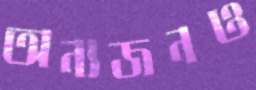
অন্যজনও